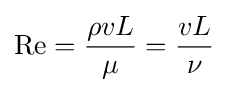
\mathrm {Re} ={\frac {\rho vL}{\mu }}={\frac {vL}{\nu }}